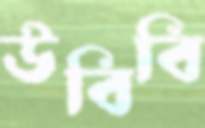
উবিবি